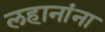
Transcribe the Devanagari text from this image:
लहानांना